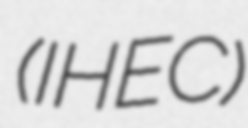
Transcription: (IHEC)